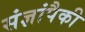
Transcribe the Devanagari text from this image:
संज्ञांपैकी